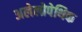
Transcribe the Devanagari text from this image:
अलेलोपेथिक